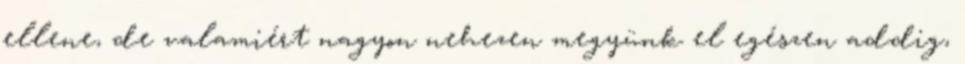
ellene, de valamiért nagyon nehezen megyünk el egészen addig,